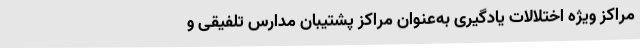
مراکز ویژه اختلالات یادگیری به‌عنوان مراکز پشتیبان مدارس تلفیقی و